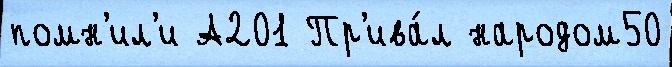
помн'ил'и А201 Пр'ива́л народом50